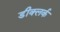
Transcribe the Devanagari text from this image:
डीक्लर्क